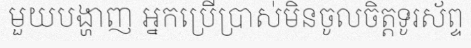
មួយបង្ហាញ អ្នកប្រើប្រាស់មិនចូលចិត្តទូរស័ព្ទ